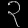
Digit: ၃